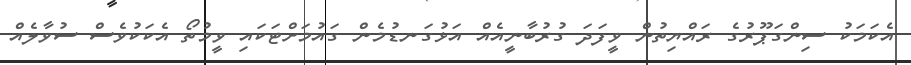
އެކަމަކު ސިންގަޕޫރުގެ ރައްޔިތުން ވީފަދަ ގުރުބާނީއެއް އަޅުގަނޑުމެން ގައުމަށްޓަކައި ވީމުތޯ އެކަކުވެސް ސުވާލެއް